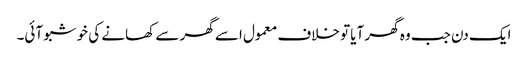
ایک دن جب وہ گھر آیا تو خلاف معمول اسے گھر سے کھانے کی خوشبو آئی۔